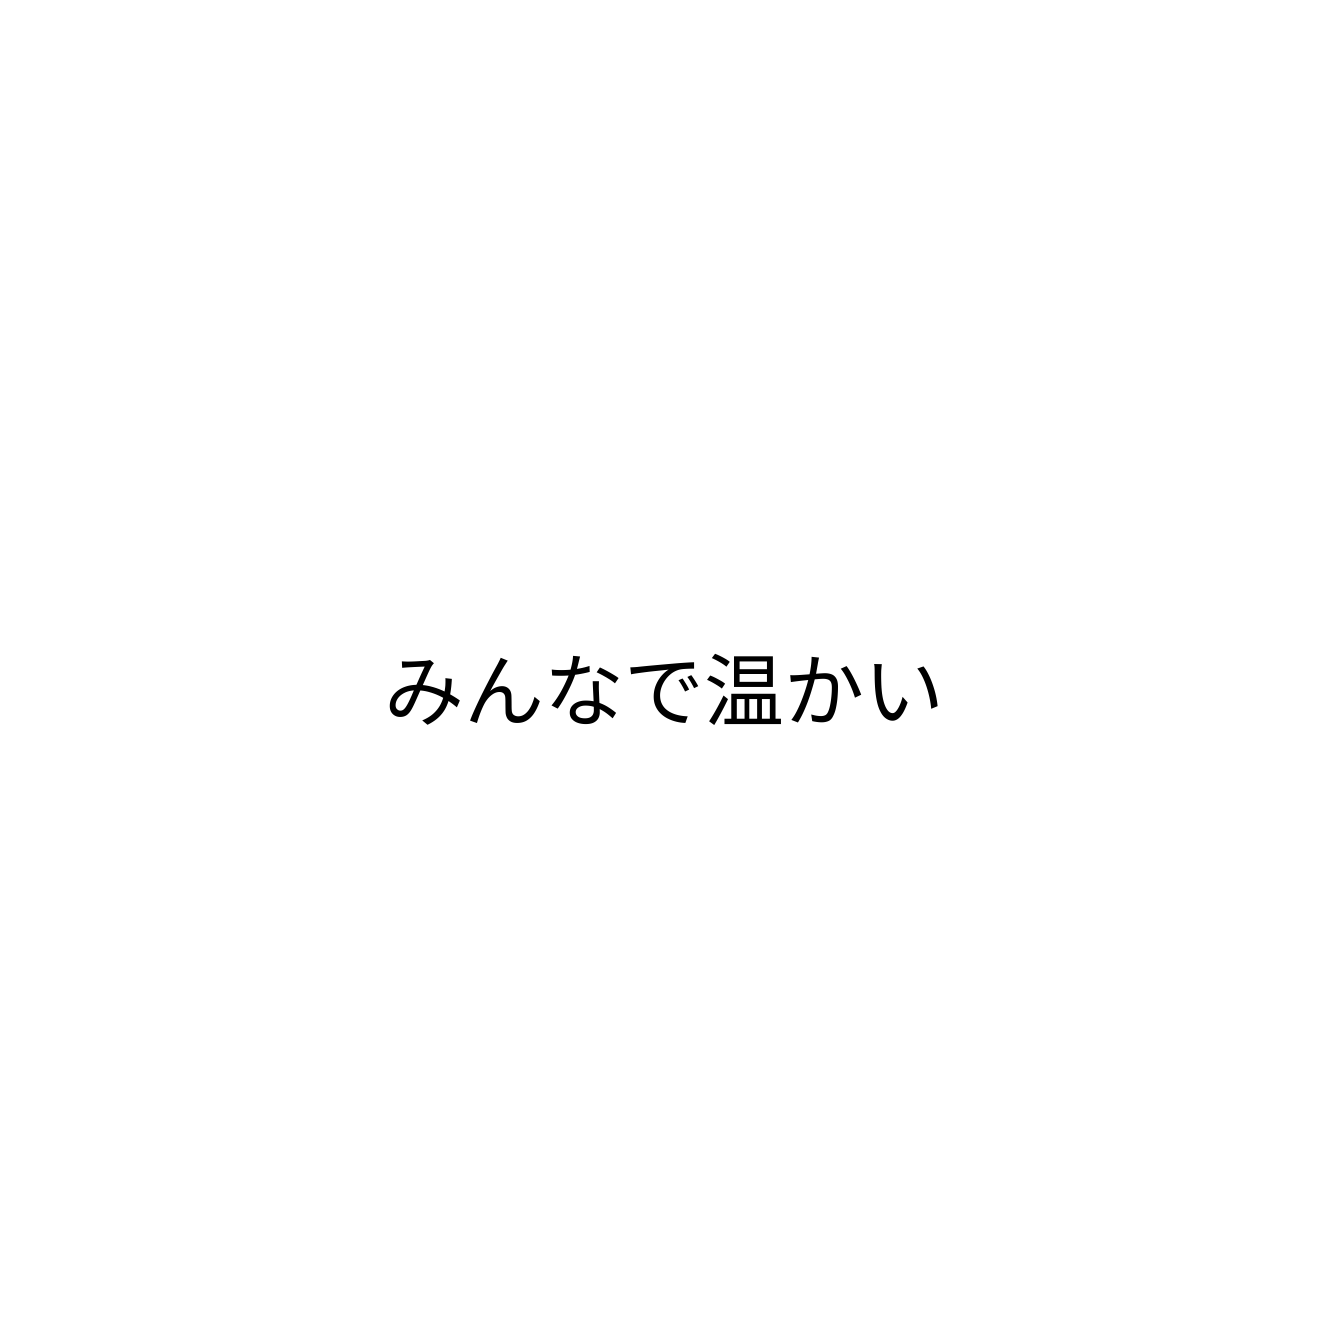
みんなで温かい